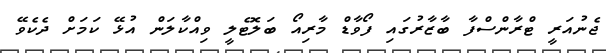
ޖެނުއަރީ ޓްރާންސްފާ ބާޒާރުގައި ފޯވާޑް މާރިއޯ ބަލޮޓެލީ ވިއްކާލަން އުޅޭ ކަމަށް ދެކެވޭ